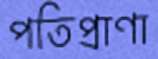
পতিপ্রাণা